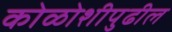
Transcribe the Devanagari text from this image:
कोळोशीपुढील